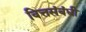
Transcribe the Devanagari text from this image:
वित्तसंबंधी